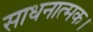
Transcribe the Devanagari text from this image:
साधनात्मक।